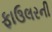
ફાઉલરની